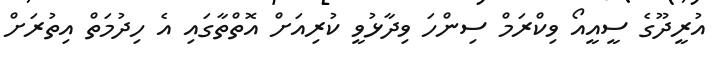
އުރީދޫގެ ސީއީއޯ ވިކްރަމް ސިންހަ ވިދާޅުވީ ކުރިއަށް އޮތްތާގައި އެ ހިދުމަތް އިތުރަށް